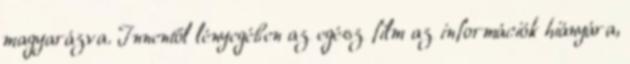
magyarázva. Innentől lényegében az egész film az információk hiányára,